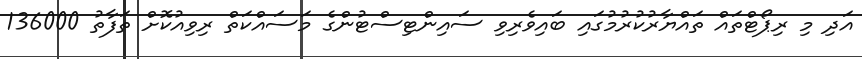
އަދި މި ރިޕޯޓްތައް ތައްޔާރުކުރުމުގައި ބައިވެރިވި ސައިންޓިސްޓުންގެ މަސައްކަތް ރިވިއުކޮށް ތަފާތު 136000